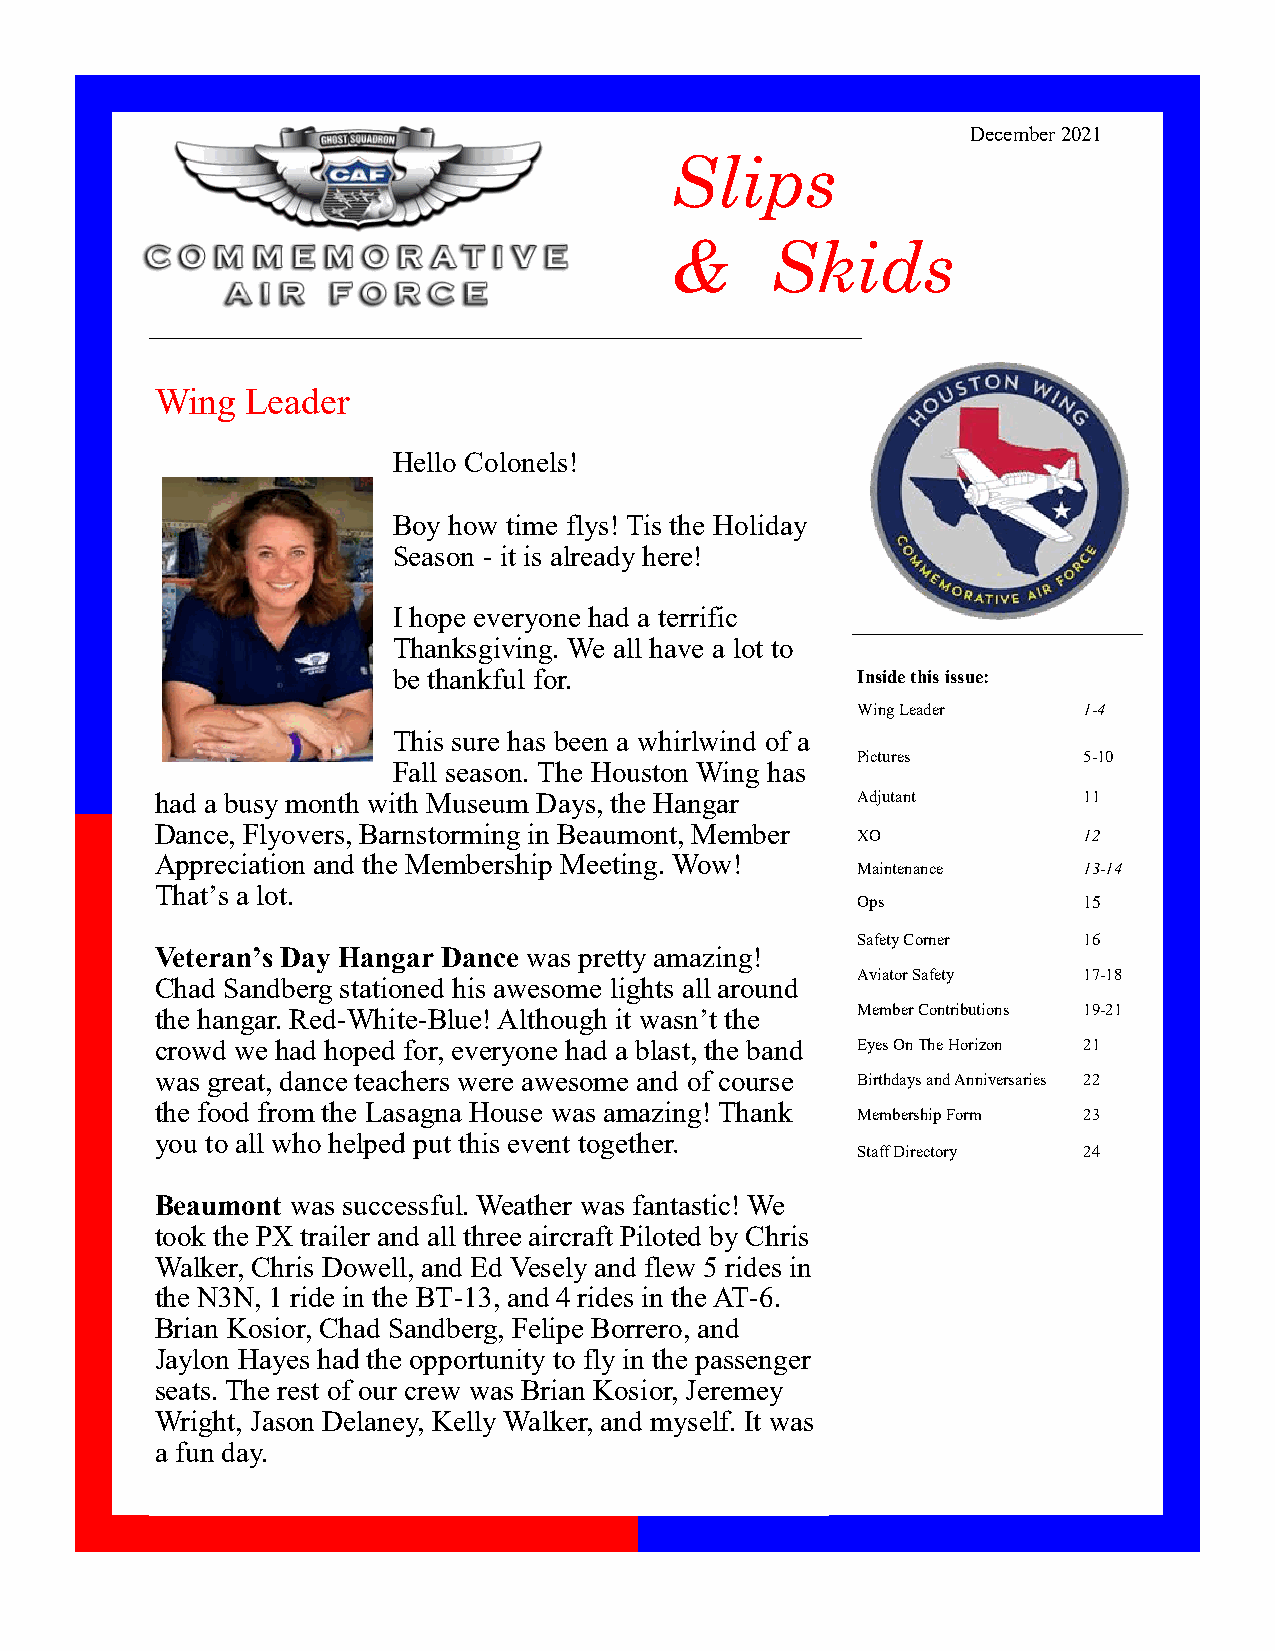
December 2021
 Slips
 &      Skids
 Wing  Leader
 Hello Colonels!
 Boy how time flys! Tis the Holiday
 Season - it is already here!
 I hope everyone had a terrific
 Thanksgiving. We all have a lot to
 be thankful for.               Inside this issue:
 Wing Leader    1-4
 This sure has been a whirlwind of a
 Pictures       5-10
 Fall season. The Houston Wing has
 had a busy month with Museum Days, the Hangar  Adjutant       11
 Dance, Flyovers, Barnstorming in Beaumont, Member
 XO             12
 Appreciation and the Membership Meeting. Wow!
 Maintenance    13-14
 That’s a lot.
 Ops            15
 Safety Corner  16
 Veteran’s Day Hangar Dance was pretty amazing!
 Aviator Safety 17-18
 Chad Sandberg stationed his awesome lights all around
 the hangar. Red-White-Blue! Although it wasn’t the Member Contributions 19-21
 crowd we had hoped for, everyone had a blast, the band Eyes On The Horizon 21
 was great, dance teachers were awesome and of course Birthdays and Anniversaries 22
 the food from the Lasagna House was amazing! Thank
 Membership Form 23
 you to all who helped put this event together.
 Staff Directory 24
 Beaumont was successful. Weather was fantastic! We
 took the PX trailer and all three aircraft Piloted by Chris
 Walker, Chris Dowell, and Ed Vesely and flew 5 rides in
 the N3N, 1 ride in the BT-13, and 4 rides in the AT-6.
 Brian Kosior, Chad Sandberg, Felipe Borrero, and
 Jaylon Hayes had the opportunity to fly in the passenger
 seats. The rest of our crew was Brian Kosior, Jeremey
 Wright, Jason Delaney, Kelly Walker, and myself. It was
 a fun day.